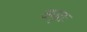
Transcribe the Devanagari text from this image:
अधृतः